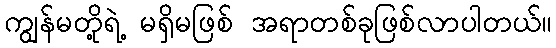
ကျွန်မတို့ရဲ့ မရှိမဖြစ် အရာတစ်ခုဖြစ်လာပါတယ်။